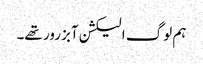
ہم لوگ الیکشن آبزرور تھے۔